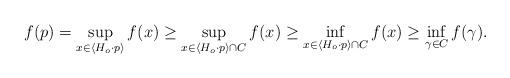
LaTeX: \begin{align*}f(p)=\sup_{x\in\langle H_o\cdot p\rangle} f(x)\geq \sup_{x\in \langle H_o\cdot p\rangle\cap C} f(x)\geq\inf_{x\in \langle H_o\cdot p\rangle\cap C} f(x)\geq \inf_{\gamma\in C} f(\gamma).\end{align*}